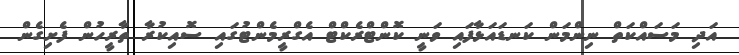
އަދި މަސައްކަތް ނިންމަން ކަނޑައަަޅާފައި ވަނީ ކޮންޓްރެކްޓް އެގްރީމެންޓުގައި ސޮއިކުރާ ތާރީހުން ފެށިގެން